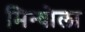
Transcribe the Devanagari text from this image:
मिन्धोला